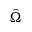
\hat { \Omega }